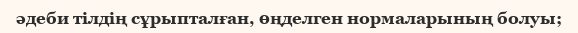
әдеби тілдің сұрыпталған, өңделген нормаларының болуы;